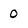
Character: 0